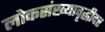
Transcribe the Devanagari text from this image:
लोकसंख्यावृद्धीदर